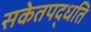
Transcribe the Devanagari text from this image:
सकेतपद्धति